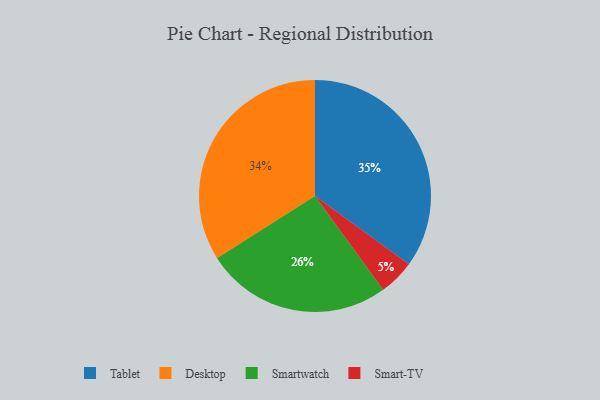
{"axis": {"x": "Category", "y": "Percentage"}, "legend": ["Desktop", "Smart-TV", "Smartwatch", "Tablet"], "data": [{"x": "Tablet", "y": 35, "type": "Tablet"}, {"x": "Smart-TV", "y": 5, "type": "Smart-TV"}, {"x": "Smartwatch", "y": 26, "type": "Smartwatch"}, {"x": "Desktop", "y": 34, "type": "Desktop"}]}